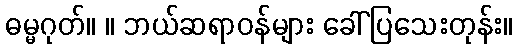
ဓမ္မဂုတ်။ ။ ဘယ်ဆရာဝန်များ ခေါ်ပြသေးတုန်း။